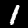
Digit: 1